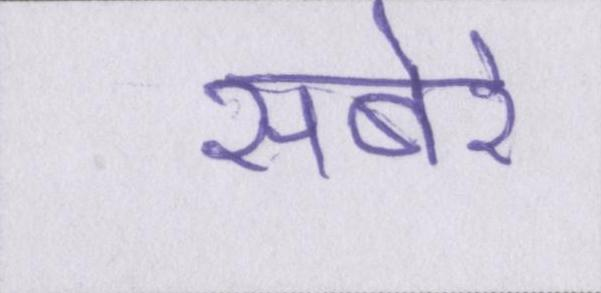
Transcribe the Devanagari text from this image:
सबेरे